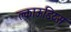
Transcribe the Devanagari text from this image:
क्लाऊडिय्स